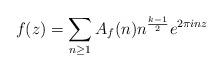
LaTeX: \begin{align*} f(z) = \sum_{n \geq 1} A_f(n)n^{\frac{k-1}{2}} e^{2 \pi i n z}\end{align*}